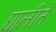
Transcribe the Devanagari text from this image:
घालीते